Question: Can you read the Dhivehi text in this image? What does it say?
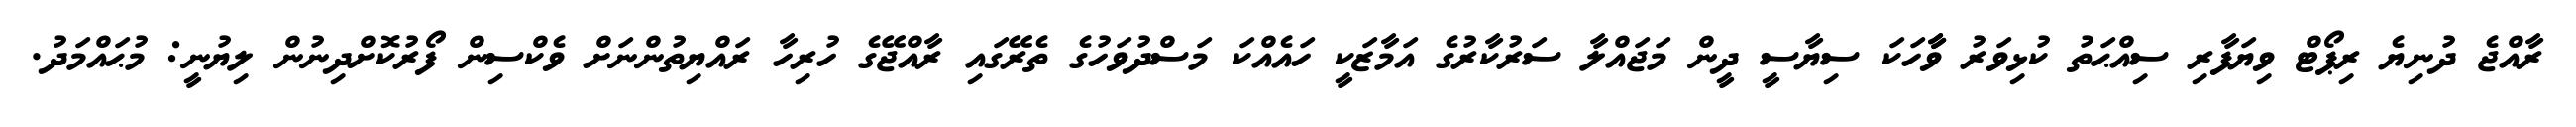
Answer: ރާއްޖެ ދުނިޔެ ރިޕޯޓް ވިޔަފާރި ސިއްޙަތު ކުޅިވަރު ވާާހަކަ ސިޔާސީ ދީން މަޖައްލާ ސަރުކާރުގެ އަމާޒަކީ ހައެއްކަ މަސްދުވަހުގެ ތެރޭގައި ރާއްޖޭގެ ހުރިހާ ރައްޔިތުންނަށް ވެކްސިން ފޯރުކޮށްދިނުން ލިޔުނީ: މުޙައްމަދު.